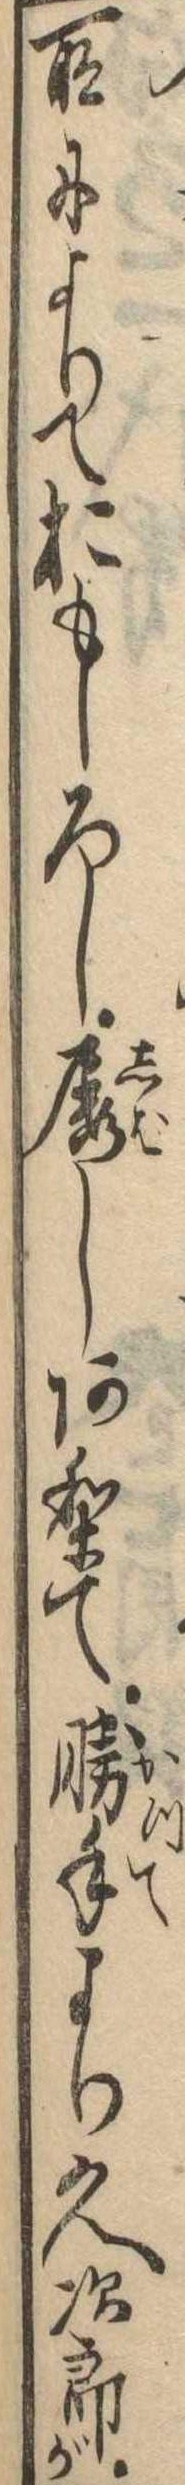
所によりておもしろし屡しありて勝手より久次郎が